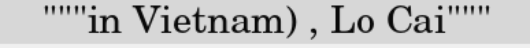
"""in Vietnam) , Lo Cai"""